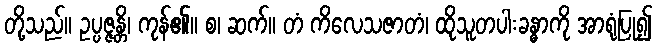
တို့သည်။ ဥပ္ပဇ္ဇန္တိ၊ ကုန်၏။ စ၊ ဆက်။ တံ ကိလေသဇာတံ၊ ထိုသူတပါးခန္ဓာကို အာရုံပြု၍